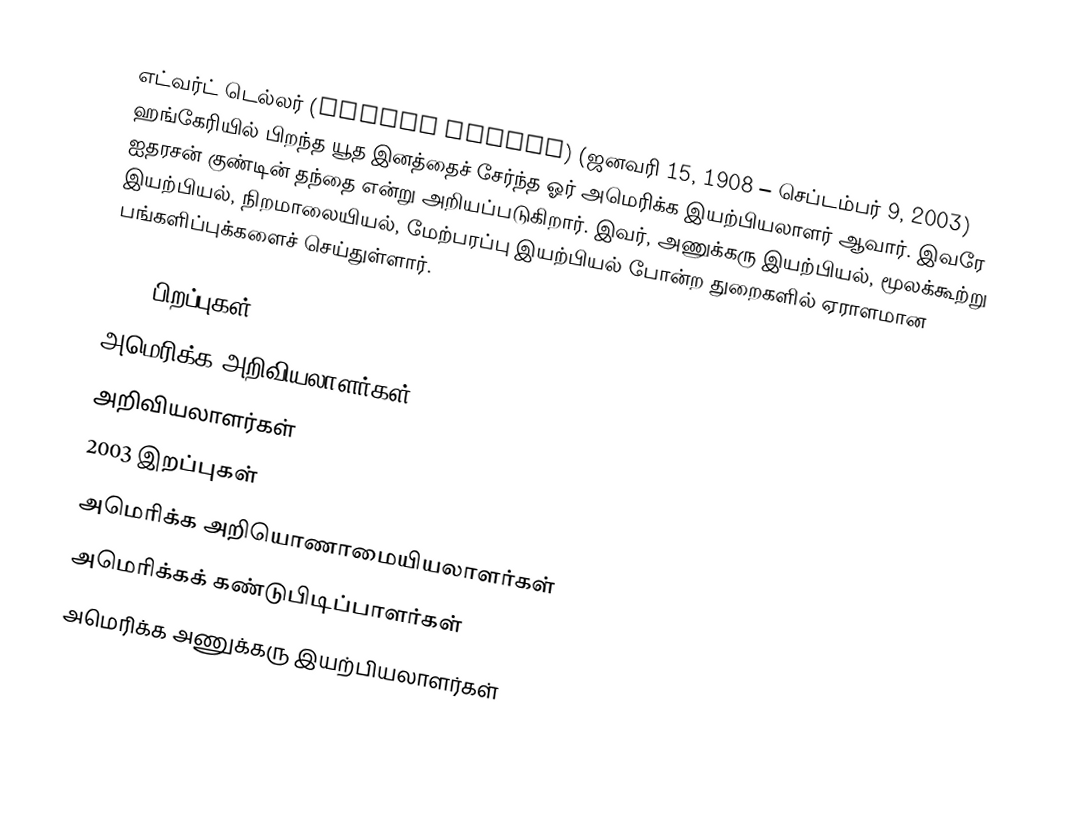
எட்வர்ட் டெல்லர் (Edward Teller) (ஜனவரி 15, 1908 – செப்டம்பர் 9, 2003) ஹங்கேரியில் பிறந்த யூத இனத்தைச் சேர்ந்த ஓர் அமெரிக்க இயற்பியலாளர் ஆவார். இவரே ஐதரசன் குண்டின் தந்தை என்று அறியப்படுகிறார். இவர், அணுக்கரு இயற்பியல், மூலக்கூற்று இயற்பியல், நிறமாலையியல், மேற்பரப்பு இயற்பியல் போன்ற துறைகளில் ஏராளமான பங்களிப்புக்களைச் செய்துள்ளார்.

1908 பிறப்புகள்
அமெரிக்க அறிவியலாளர்கள்
அறிவியலாளர்கள்
2003 இறப்புகள்
அமெரிக்க அறியொணாமையியலாளர்கள்
அமெரிக்கக் கண்டுபிடிப்பாளர்கள்
அமெரிக்க அணுக்கரு இயற்பியலாளர்கள்